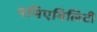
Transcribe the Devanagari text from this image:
पमिएबिलिटी